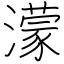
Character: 濛